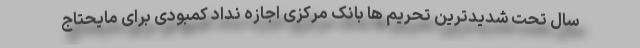
سال تحت شدیدترین تحریم ها بانک مرکزی اجازه نداد کمبودی برای مایحتاج